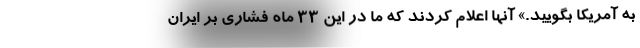
به آمریکا بگویید.» آنها اعلام کردند که ما در این ۳۳ ماه فشاری بر ایران